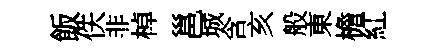
飯佚非棹邕城含亥般東檐紅